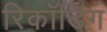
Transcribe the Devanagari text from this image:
रिकॉर्डिंग